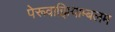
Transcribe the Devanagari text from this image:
पेरूवाझियाम्बलम